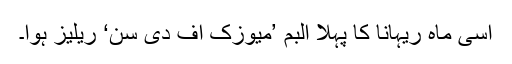
اسی ماہ ریہانا کا پہلا البم ’میوزک آف دی سَن‘ ریلیز ہوا۔